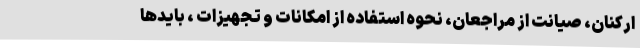
ارکنان، صیانت از مراجعان، نحوه استفاده از امکانات و تجهیزات ، بایدها